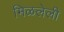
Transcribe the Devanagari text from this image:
मिळलेली